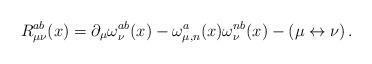
\begin{align*}R_{\mu\nu}^{ab}(x)=\partial_\mu\omega_\nu^{ab}(x) -\omega_{\mu,n}^{a}(x)\omega_\nu^{nb}(x)-(\mu \leftrightarrow \nu)\, .\end{align*}